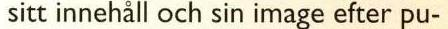
sitt innehåll och sin image efter pu-